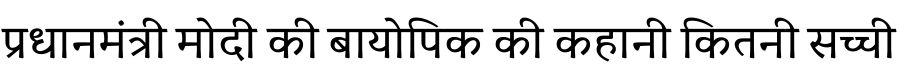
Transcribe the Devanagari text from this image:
प्रधानमंत्री मोदी की बायोपिक की कहानी कितनी सच्ची